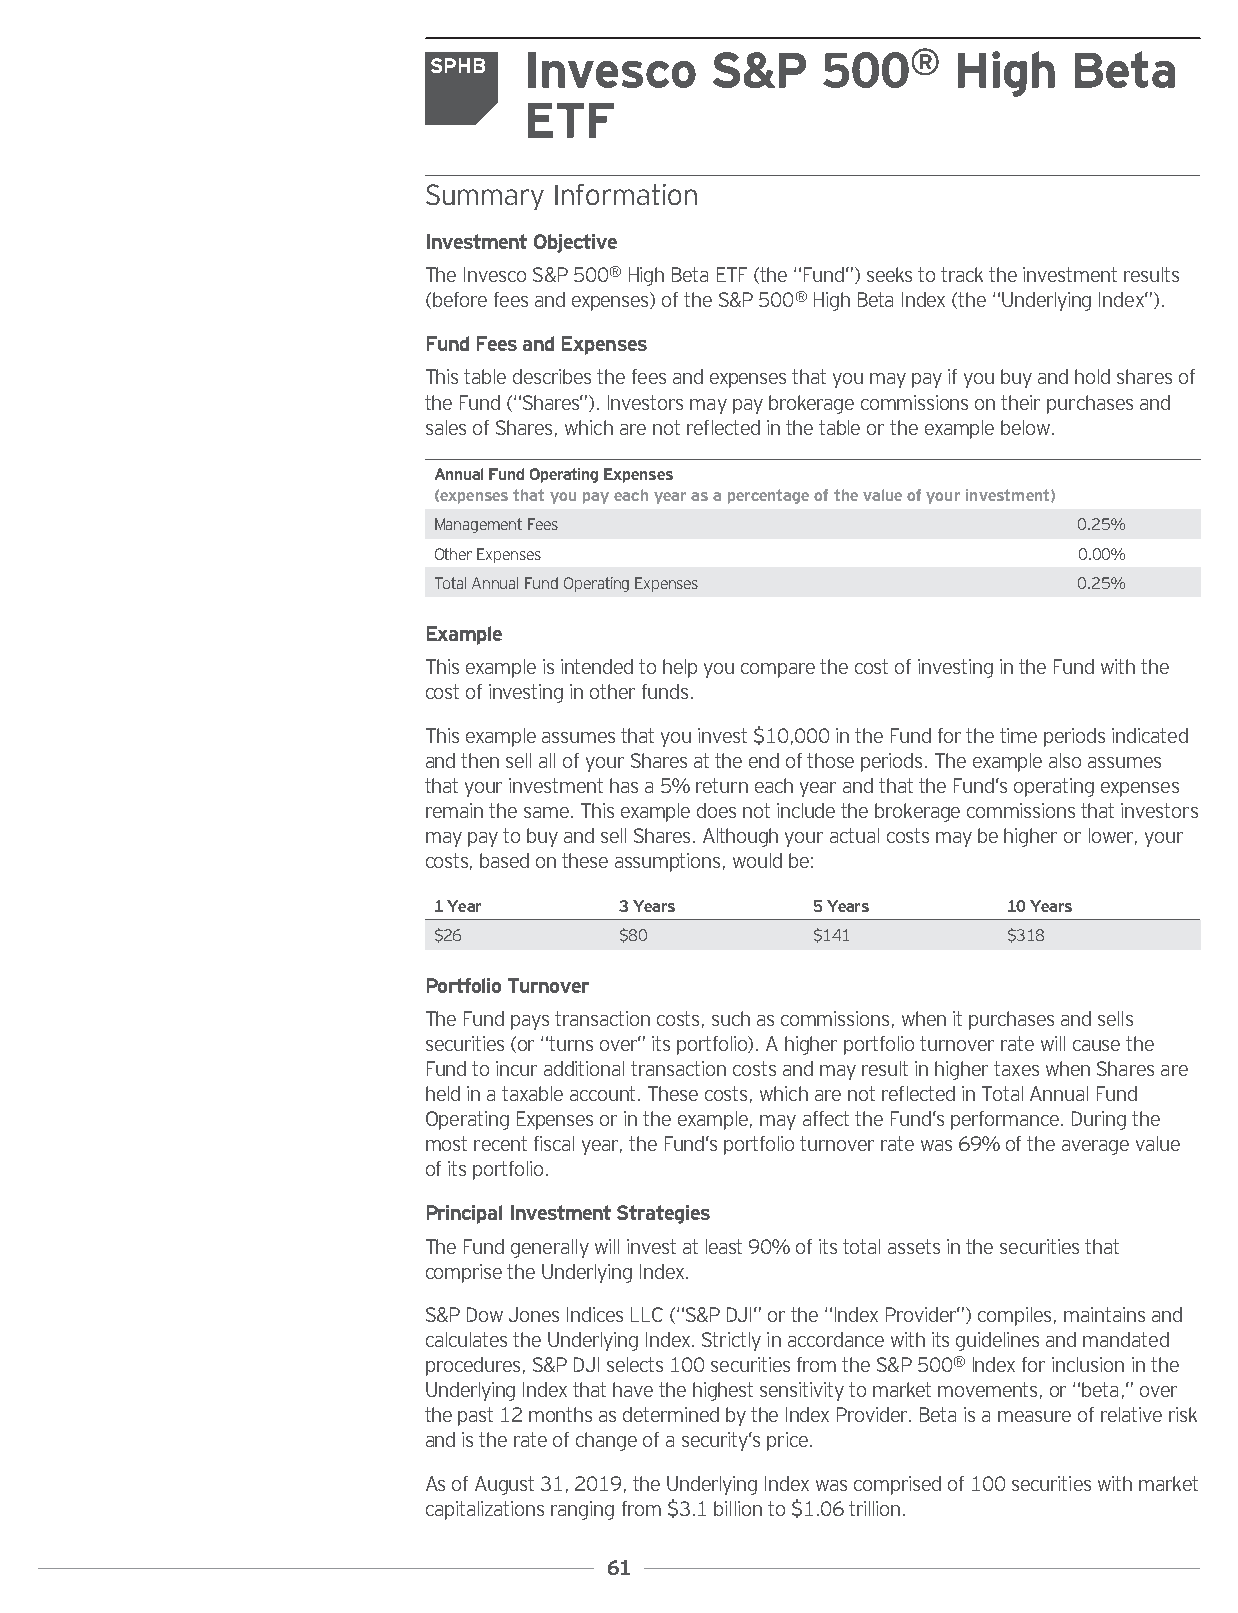
Invesco     S&P    500®     High    Beta
 SPHB
 ETF
 Summary  Information
 InvestmentObjective
 TheInvescoS&P500®HighBetaETF(the“Fund”)seekstotracktheinvestmentresults
 (beforefeesandexpenses)oftheS&P500®HighBetaIndex(the“UnderlyingIndex”).
 FundFeesandExpenses
 Thistabledescribesthefeesandexpensesthatyoumaypayifyoubuyandholdsharesof
 theFund(“Shares”).Investorsmaypaybrokeragecommissionsontheirpurchasesand
 salesofShares,whicharenotreflectedinthetableortheexamplebelow.
 AnnualFundOperatingExpenses
 (expensesthatyoupayeachyearasapercentageofthevalueofyourinvestment)
 ManagementFees                            0.25%
 OtherExpenses                             0.00%
 TotalAnnualFundOperatingExpenses          0.25%
 Example
 ThisexampleisintendedtohelpyoucomparethecostofinvestingintheFundwiththe
 costofinvestinginotherfunds.
 Thisexampleassumesthatyouinvest$10,000intheFundforthetimeperiodsindicated
 andthensellallofyourSharesattheendofthoseperiods.Theexamplealsoassumes
 thatyourinvestmenthasa5%returneachyearandthattheFund’soperatingexpenses
 remainthesame.Thisexampledoesnotincludethebrokeragecommissionsthatinvestors
 maypaytobuyandsellShares.Althoughyouractualcostsmaybehigherorlower,your
 costs,basedontheseassumptions,wouldbe:
 1Year       3Years       5Years       10Years
 $26         $80          $141         $318
 PortfolioTurnover
 TheFundpaystransactioncosts,suchascommissions,whenitpurchasesandsells
 securities(or“turnsover”itsportfolio).Ahigherportfolioturnoverratewillcausethe
 FundtoincuradditionaltransactioncostsandmayresultinhighertaxeswhenSharesare
 heldinataxableaccount.Thesecosts,whicharenotreflectedinTotalAnnualFund
 OperatingExpensesorintheexample,mayaffecttheFund’sperformance.Duringthe
 mostrecentfiscalyear,theFund’sportfolioturnoverratewas69%oftheaveragevalue
 ofitsportfolio.
 PrincipalInvestmentStrategies
 TheFundgenerallywillinvestatleast90%ofitstotalassetsinthesecuritiesthat
 comprisetheUnderlyingIndex.
 S&PDowJonesIndicesLLC(“S&PDJI”orthe“IndexProvider”)compiles,maintainsand
 calculatestheUnderlyingIndex.Strictlyinaccordancewithitsguidelinesandmandated
 procedures,S&PDJIselects100securitiesfromtheS&P500®Indexforinclusioninthe
 UnderlyingIndexthathavethehighestsensitivitytomarketmovements,or“beta,”over
 thepast12monthsasdeterminedbytheIndexProvider.Betaisameasureofrelativerisk
 andistherateofchangeofasecurity’sprice.
 AsofAugust31,2019,theUnderlyingIndexwascomprisedof100securitieswithmarket
 capitalizationsrangingfrom$3.1billionto$1.06trillion.
 61